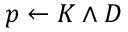
p \leftarrow K \land D